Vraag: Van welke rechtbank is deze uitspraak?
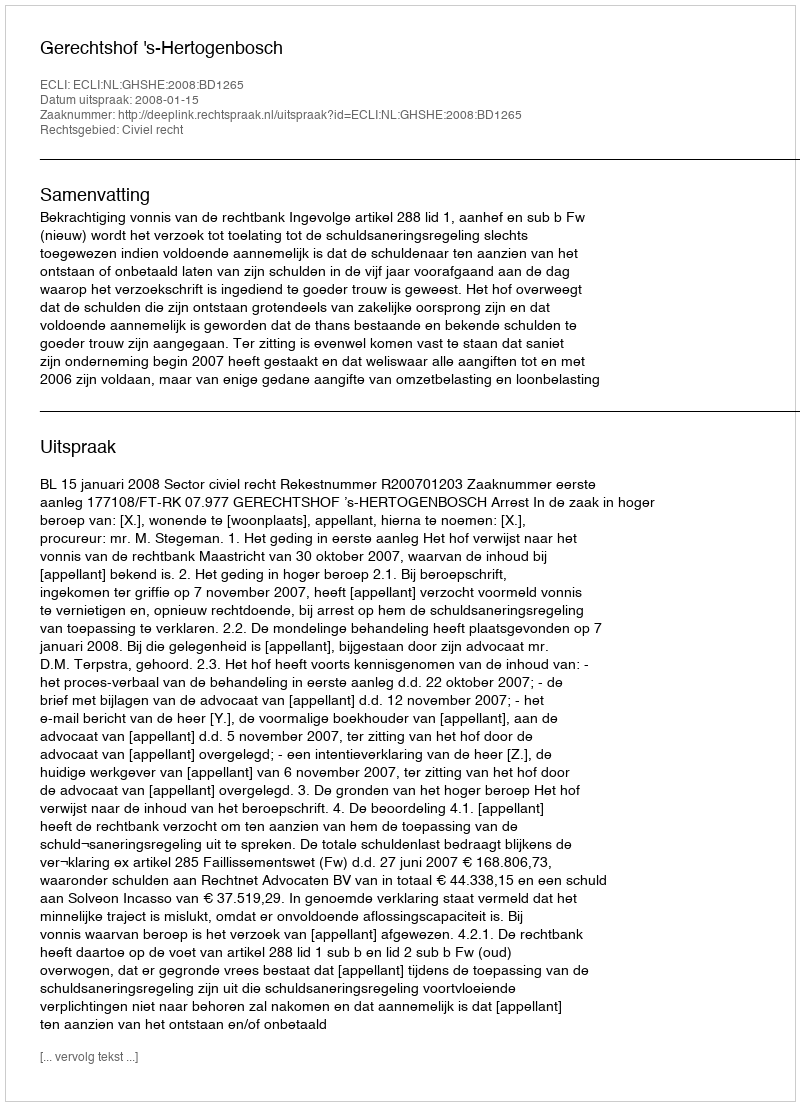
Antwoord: Gerechtshof 's-Hertogenbosch